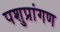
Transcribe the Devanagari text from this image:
पशुप्रांगण